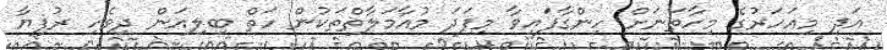
އަދި މިއަހަރުގެ މިހާތަނަށް ހިންގާފައިވާ މިފަދަ މުއާމަލާތްތަކުން ހަތް ބިލިއަން ދިވެހި ރުފިޔާ